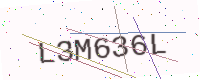
Text: L3M636L